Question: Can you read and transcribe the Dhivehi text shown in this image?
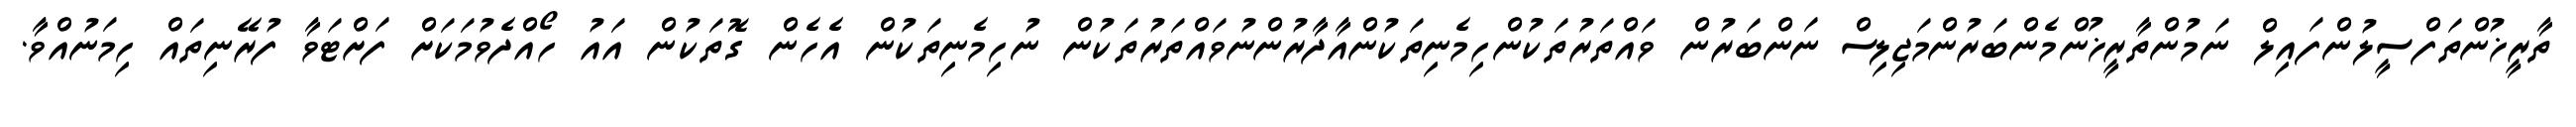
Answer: ތާރީޚުންތަފްސީލުންފައިލް ނަމުންތާރީޚުންމެންބަރުންމަޖިލިސް ނަންބަރުން ވައްތަރުތަކުންހިމެނިތަކުންއާދާރުންނުވައްތަރުތަކުން ނުހިމެނިތަކުން އެހެން ގޮތަކުން އައު ހޯއްދެވުމަކަށް ފަށްޓަވާ ފުރޭނިތައް ހިމަނުއްވާ.